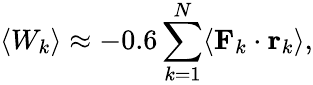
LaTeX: \left\langle W_{k}\right\rangle\approx-0.6\sum_{k=1}^{N}\langle\mathbf{F}_{k}\cdot\mathbf{r}_{k}\rangle,